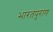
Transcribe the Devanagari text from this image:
भारतपुराण